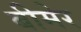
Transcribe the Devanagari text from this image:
बीमेर